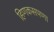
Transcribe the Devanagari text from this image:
हिणकसपणा